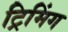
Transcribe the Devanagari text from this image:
ट्रिमिंग